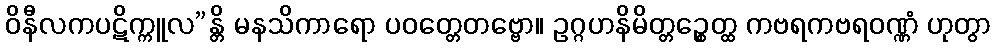
ဝိနီလကပဋိက္ကူလ”န္တိ မနသိကာရော ပဝတ္တေတဗ္ဗော။ ဥဂ္ဂဟနိမိတ္တဉ္စေတ္ထ ကဗရကဗရဝဏ္ဏံ ဟုတွာ